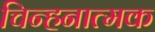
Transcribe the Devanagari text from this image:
चिन्हनात्मक